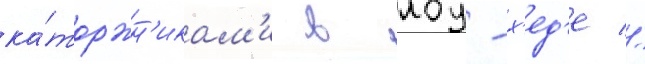
ка́торжн'икам'и в лоу-х'ед'е //